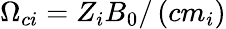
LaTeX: \Omega_{ci}=Z_{i}B_{0}/\left(cm_{i}\right)